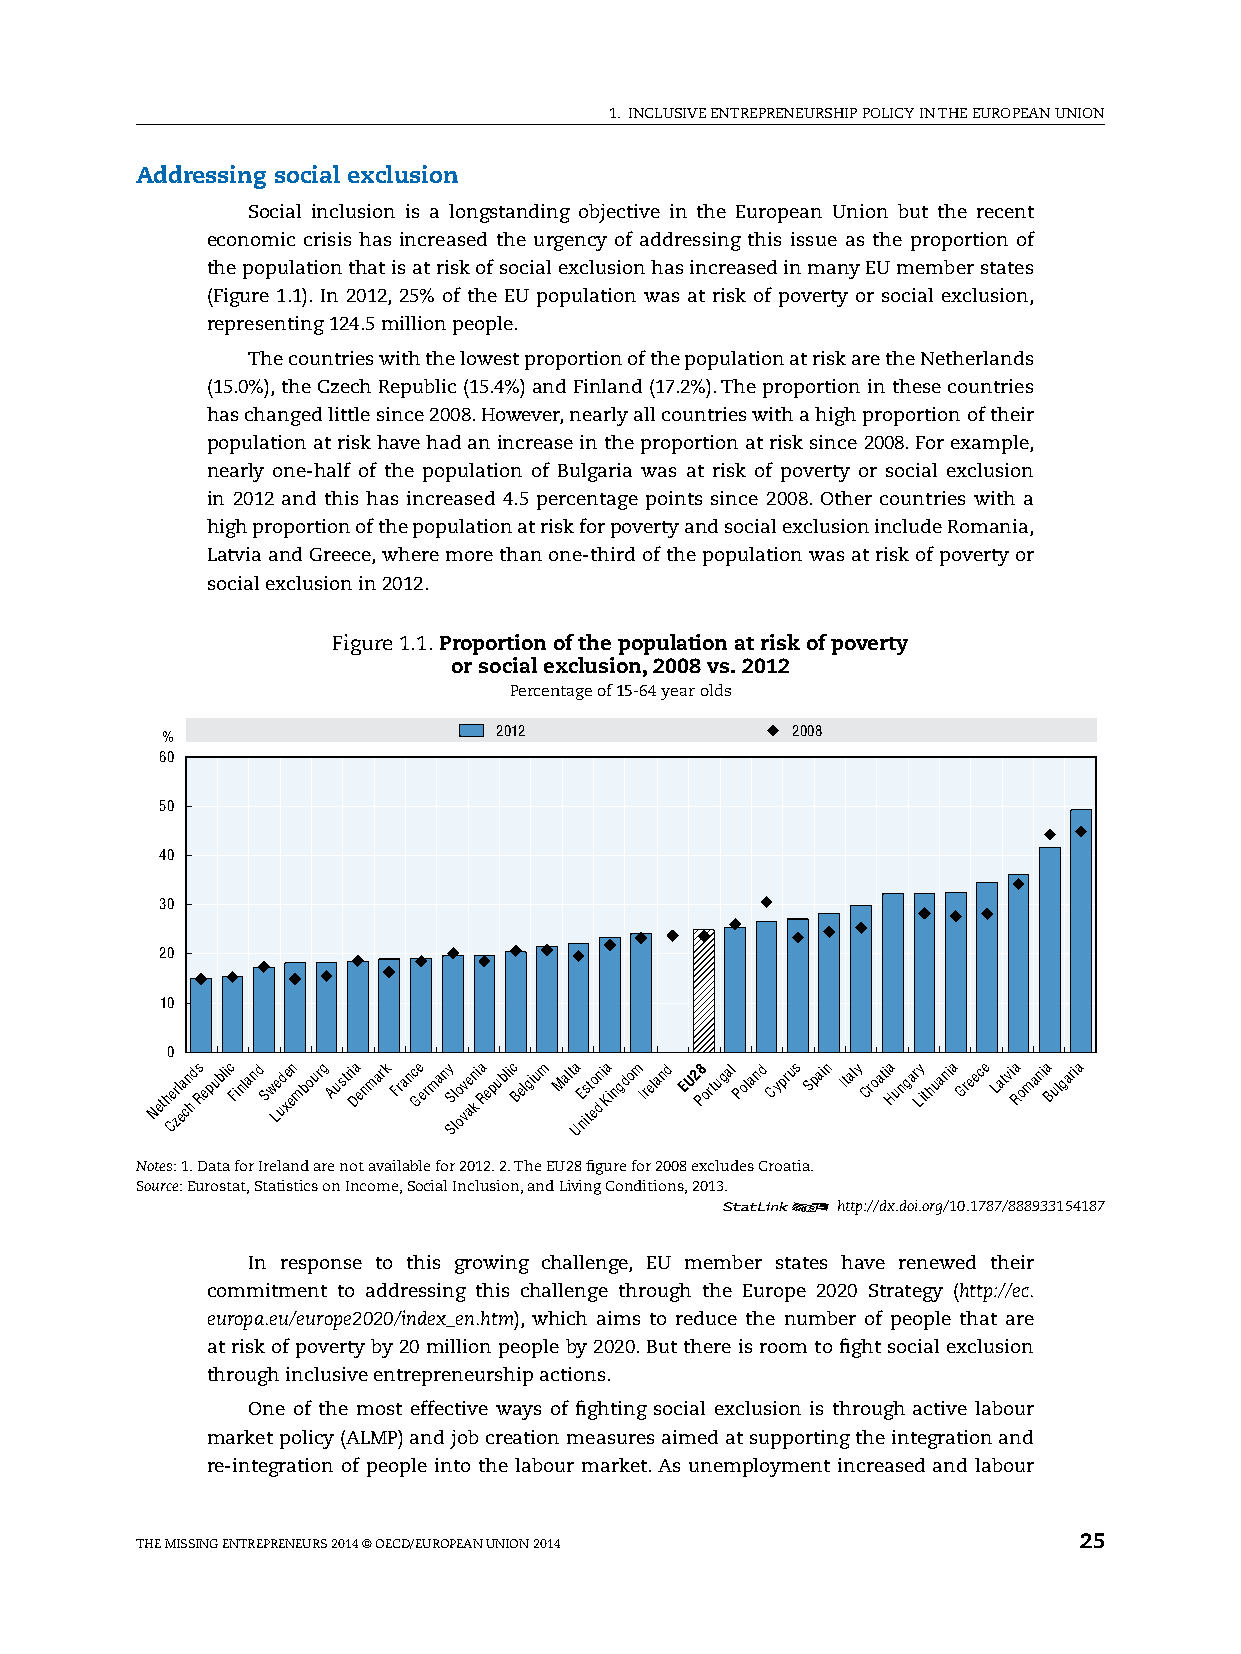
1. INClUsIvE ENTREpRENEURshIp pOlICy IN ThE EUROpEAN UNION
 Addressing social exclusion
 social inclusion is a longstanding objective in the European Union but the recent
 economic crisis has increased the urgency of addressing this issue as the proportion of
 the population that is at risk of social exclusion has increased in many EU member states
 (Figure 1.1). In 2012, 25% of the EU population was at risk of poverty or social exclusion,
 representing 124.5 million people.
 The countries with the lowest proportion of the population at risk are the Netherlands
 (15.0%), the Czech Republic (15.4%) and Finland (17.2%). The proportion in these countries
 has changed little since 2008. however, nearly all countries with a high proportion of their
 population at risk have had an increase in the proportion at risk since 2008. For example,
 nearly one-half of the population of Bulgaria was at risk of poverty or social exclusion
 in 2012 and this has increased 4.5 percentage points since 2008. Other countries with a
 high proportion of the population at risk for poverty and social exclusion include Romania,
 latvia and Greece, where more than one-third of the population was at risk of poverty or
 social exclusion in 2012.
 Figure 1.1. Proportion of the population at risk of poverty
 or social exclusion, 2008 vs. 2012
 percentage of 15-64 year olds
 2012               2008
 %
 60
 50
 40
 30
 20
 10
 0
 Neth Ce zrl ea cn
 h
 ds Republic Finland Sw Le ud xe en mbourg Austri Da enmark Franc Ge ermany SS ll oo vv ae kn ia Republic Belgium Malta UE nis tt eo dn i Ka ingdom Ireland EU2 P8 ortugal Poland Cyprus Spain Italy Croatia Hungar Ly ithuania Greece Latvia Romania Bulgaria
 Notes: 1. Data for Ireland are not available for 2012. 2. The EU28 figure for 2008 excludes Croatia.
 Source: Eurostat, statistics on Income, social Inclusion, and living Conditions, 2013.
 12     http://dx.doi.org/10.1787/888933154187
 In response to this growing challenge, EU member states have renewed their
 commitment to addressing this challenge through the Europe 2020 strategy (http://ec.
 europa.eu/europe2020/index_en.htm), which aims to reduce the number of people that are
 at risk of poverty by 20 million people by 2020. But there is room to fight social exclusion
 through inclusive entrepreneurship actions.
 One of the most effective ways of fighting social exclusion is through active labour
 market policy (AlMp) and job creation measures aimed at supporting the integration and
 re-integration of people into the labour market. As unemployment increased and labour
 ThE MIssING ENTREpRENEURs 2014 © OECD/EUROpEAN UNION 2014     25